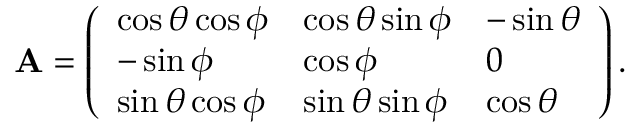
{ \bf A } = \left( \begin{array} { l l l } { \cos \theta \cos \phi } & { \cos \theta \sin \phi } & { - \sin \theta } \\ { - \sin \phi } & { \cos \phi } & { 0 } \\ { \sin \theta \cos \phi } & { \sin \theta \sin \phi } & { \cos \theta } \end{array} \right) .